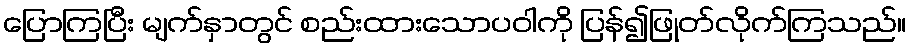
ပြောကြပြီး မျက်နှာတွင် စည်းထားသောပဝါကို ပြန်၍ဖြုတ်လိုက်ကြသည်။